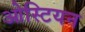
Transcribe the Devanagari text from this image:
ओस्टियन